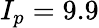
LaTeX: I_{p}=9.9